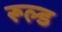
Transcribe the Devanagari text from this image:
रूल्ड